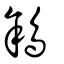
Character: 䳜